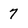
Character: 7